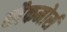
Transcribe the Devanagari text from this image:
ब्लैकमोर्स